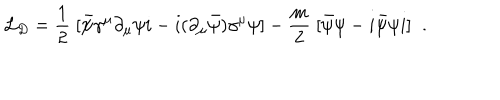
{ \cal L } _ { D } = \frac { 1 } { 2 } \; [ \bar { \psi } \gamma ^ { \mu } \partial _ { \mu } \psi i - i ( \partial _ { \mu } \bar { \psi } ) \gamma ^ { \mu } \psi ] - \frac { m } { 2 } \; [ \bar { \psi } \psi - i \bar { \psi } \psi i ] \; \; .